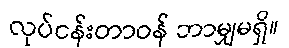
လုပ်ငန်းတာဝန် ဘာမျှမရှိ။